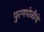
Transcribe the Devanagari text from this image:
पुरणपोळीचे